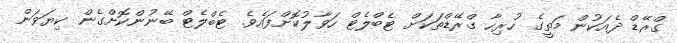
ގްރޭޑް ދެއަކުން މަތީގެ ހުރިހާ ގްރޭޑްތަކަށް ޓެބްލެޓް ހަވާލުކޮށްފައެވެ. ޓެބްލެޓް ބޭނުންކޮށްގެން ކިޔަވަން